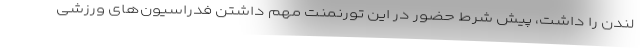
لندن را داشت، پیش شرط حضور در این تورنمنت مهم داشتن فدراسیون‌های ورزشی